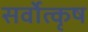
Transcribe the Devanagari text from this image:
सर्वोत्कृष